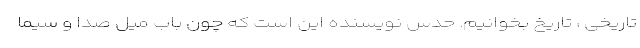
تاریخی ، تاریخ بخوانیم. حدس نویسنده این است که چون باب میل صدا و سیما